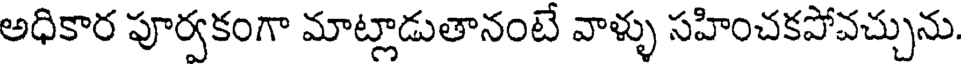
అధికార పూర్వకంగా మాట్లాడుతానంటే వాళ్ళు సహించకపోవచ్చును.